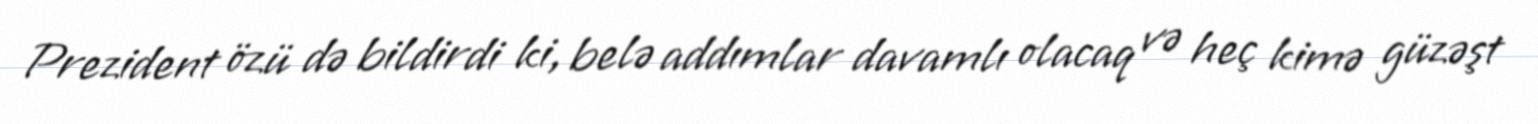
Prezident özü də bildirdi ki, belə addımlar davamlı olacaq və heç kimə güzəşt